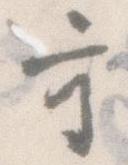
守